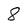
Character: 8